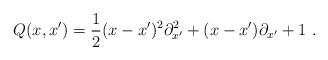
LaTeX: \begin{align*}Q(x,x')=\frac{1}{2}(x-x')^2{\partial}^2_{x'}+(x-x'){\partial}_{x'}+1 \ .\end{align*}